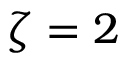
\zeta = 2